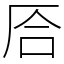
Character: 㕉